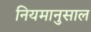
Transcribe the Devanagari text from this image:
नियमानुसाल